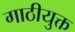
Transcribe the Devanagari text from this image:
गाठीयुक्त